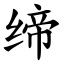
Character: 缔